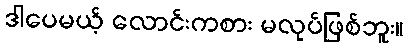
ဒါပေမယ့် လောင်းကစား မလုပ်ဖြစ်ဘူး။